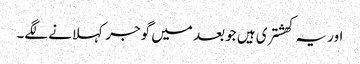
اور یہ کھشتری ہیں جو بعد میں گوجر کہلانے لگے۔